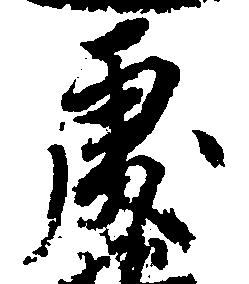
処